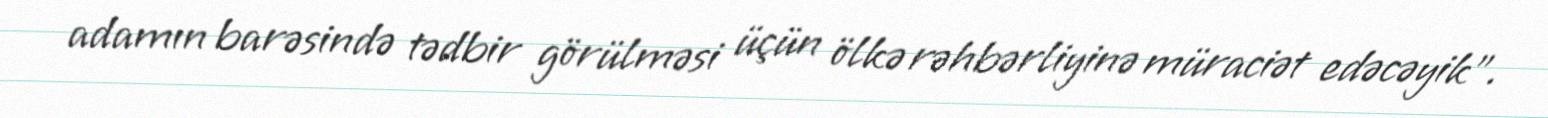
adamın barəsində tədbir görülməsi üçün ölkə rəhbərliyinə müraciət edəcəyik".